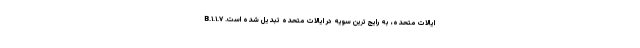
ایالات متحده، به رایج ترین سویه در ایالات متحده تبدیل شده است. B.۱.۱.۷